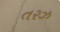
તરઝ